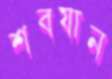
শবযান